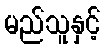
မည်သူနှင့်